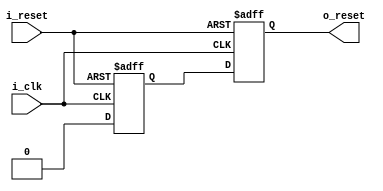
module zap_reset_sync
(
        input wire          i_clk,  // Clock.
        input wire          i_reset,// Dirty reset - Active High.

        output wire         o_reset // Clean reset - Active High.
);

localparam RESET_ON  = 1'd1; // Active high reset.
localparam RESET_OFF = 1'd0;

// Reset buffers.
reg flop1, flop2;

// Tie second flop to output.
assign o_reset = flop2;

//
// Model a dual flop synchronizer with asynchronous active 
// high reset. The input of the synchronizer is tied to
// RESET_OFF which synchronously travels to the output.
// The async reset pins of both the flops are tied to the
// dirty reset.
//

always @ (posedge i_clk or posedge i_reset) 
begin:rst_sync
        if ( i_reset )
        begin
                // The design sees o_reset = 1.
                flop2 <= RESET_ON;
                flop1 <= RESET_ON;
        end       
        else
        begin
                // o_reset is turned off eventually.
                flop2 <= flop1;
                flop1 <= RESET_OFF; // Turn off global reset.
        end 
end

endmodule